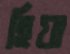
হিয়া